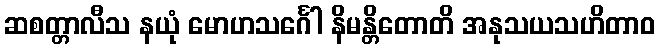
ဆစတ္တာလီသ နယုံ မောဟသင်္ဂေါ နိမန္တိတောတိ အနုသယသဟိတာဝ